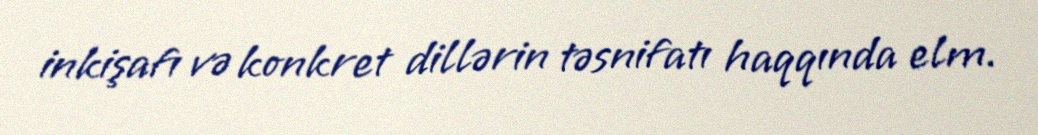
inkişafı və konkret dillərin təsnifatı haqqında elm.